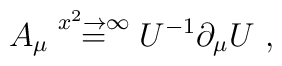
A_\mu \stackrel{x^2\rightarrow \infty}{=} U^{-1} \partial_\mu U \ ,